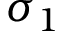
\sigma _ { 1 }